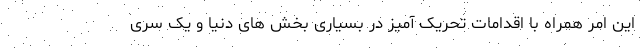
این امر همراه با اقدامات تحریک آمیز در بسیاری بخش های دنیا و یک سری